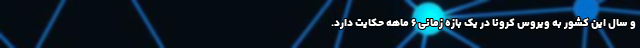
و سال این کشور به ویروس کرونا در یک بازه زمانی 6 ماهه حکایت دارد.